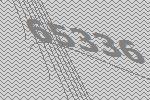
65336